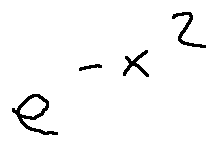
e ^ { - x ^ { 2 } }